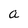
Character: a